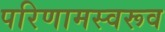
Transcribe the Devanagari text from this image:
परिणामस्वरूव